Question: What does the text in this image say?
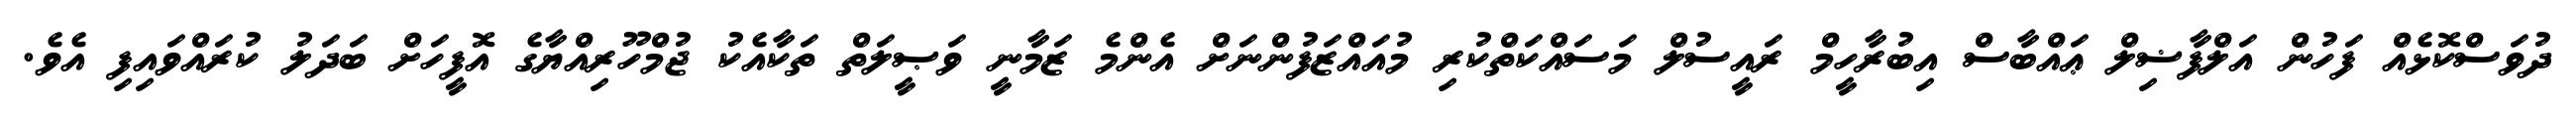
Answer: ދުވަސްކޮޅެއް ފަހުން އަލްފާޟިލް ޢައްބާސް އިބުރާހީމް ރައީސުލް މަސައްކަތްކުރި މުއައްޒަފުންނަށް އެންމެ ޒަމާނީ ވަޞީލަތް ތަކާއެކު ޖުމްހޫރިއްޔާގެ އޮފީހަށް ބަދަލު ކުރައްވައިފި އެވެ.